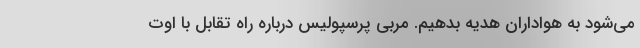
می‌شود به هواداران هدیه بدهیم. مربی پرسپولیس درباره راه تقابل با اوت